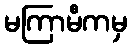
မကြာမီကမှ